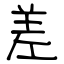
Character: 差